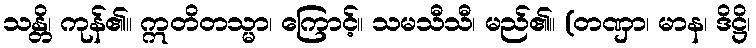
သန္တိ၊ ကုန်၏။ ဣတိတသ္မာ၊ ကြောင့်။ သမသီသီ၊ မည်၏။ (တဏှာ၊ မာန၊ ဒိဋ္ဌိ၊